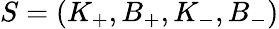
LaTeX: S=(K_{+},B_{+},K_{-},B_{-})